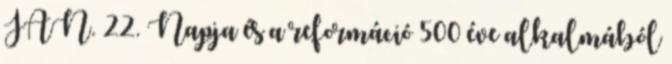
JAN. 22. Napja és a reformáció 500 éve alkalmából